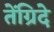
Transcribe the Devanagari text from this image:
तेंग्रिदे